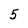
Character: 5